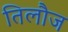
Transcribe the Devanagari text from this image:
तिलौज